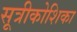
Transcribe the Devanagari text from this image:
सूत्रीकोशिका